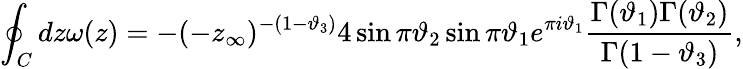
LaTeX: \oint_{C}dz\omega(z)=-(-z_{\infty})^{-(1-\vartheta_{3})}4\sin\pi\vartheta_{2}\sin\pi\vartheta_{1}e^{\pi i\vartheta_{1}}\frac{\Gamma(\vartheta_{1})\Gamma(\vartheta_{2})}{\Gamma(1-\vartheta_{3})},